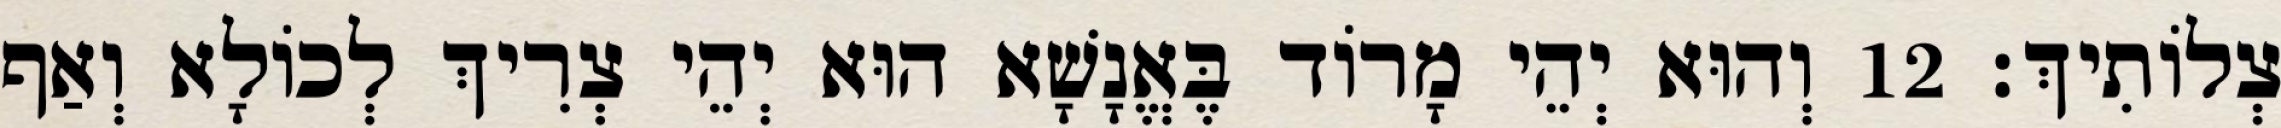
צְלוֹתִיךְ׃ 12 וְהוּא יְהֵי מָרוֹד בֶּאֱנָשָׁא הוּא יְהֵי צְרִיךְ לְכוֹלָא וְאַף